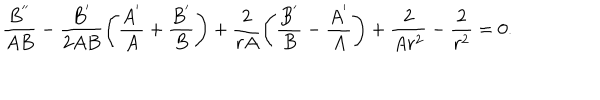
LaTeX: \frac { B ^ { ' ^ { \prime } } } { A B } - \frac { B ^ { ' } } { 2 A B } \left( \frac { A ^ { ' } } { A } + \frac { B ^ { ' } } { B } \right) + \frac { 2 } { r A } \left( \frac { B ^ { ' } } { B } - \frac { A ^ { ' } } { A } \right) + \frac { 2 } { A r ^ { 2 } } - \frac { 2 } { r ^ { 2 } } = 0 .